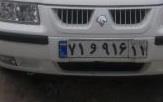
۷۱و۹۱۶۱۱